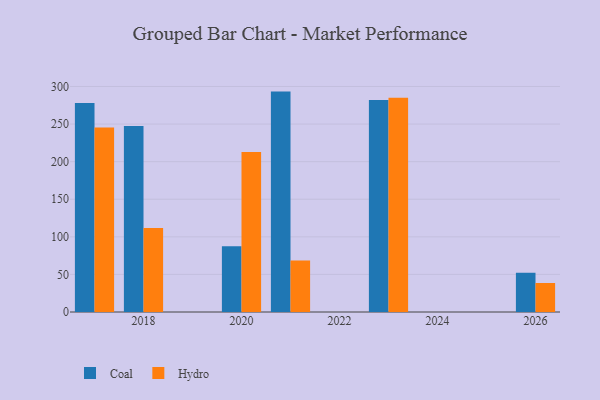
{"axis": {"x": "Year", "y": "Conversion Rate (%)"}, "legend": ["Coal", "Hydro"], "data": [{"x": "2023", "y": 281.9, "type": "Coal"}, {"x": "2023", "y": 284.9, "type": "Hydro"}, {"x": "2020", "y": 87.4, "type": "Coal"}, {"x": "2020", "y": 212.9, "type": "Hydro"}, {"x": "2021", "y": 293.2, "type": "Coal"}, {"x": "2021", "y": 68.5, "type": "Hydro"}, {"x": "2018", "y": 247.6, "type": "Coal"}, {"x": "2018", "y": 111.6, "type": "Hydro"}, {"x": "2026", "y": 52.2, "type": "Coal"}, {"x": "2026", "y": 38.6, "type": "Hydro"}, {"x": "2017", "y": 277.9, "type": "Coal"}, {"x": "2017", "y": 245.5, "type": "Hydro"}]}